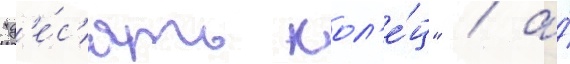
"д'е́с'ять кол'е́ц" / а́